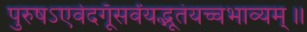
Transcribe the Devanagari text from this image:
पुरुषऽएवेदगूँसर्वंयद्भूतंयच्चभाव्यम्॥